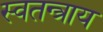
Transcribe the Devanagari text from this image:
स्वतन्त्राय